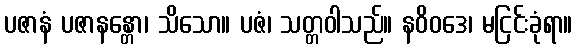
ပဇာနံ ပဇာနန္တော၊ သိသော။ ပဇံ၊ သတ္တဝါသည်။ နဝိဝဒေ၊ မငြင်းခုံရာ။